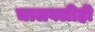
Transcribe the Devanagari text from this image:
चालवलीही